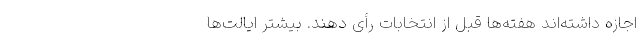
اجازه داشته‌اند هفته‌ها قبل از انتخابات رأی دهند. بیشتر ایالت‌ها